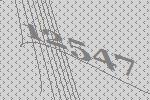
12547